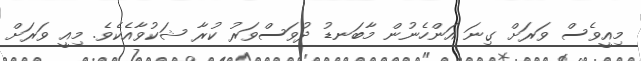
މިއީވެސް ވަރަށް ގިނަ އަންހެނުން މާބަނޑު ދުވަސްވަރު ކުރާ ޝަކުވާއެކެވެ. މިއީ ވަރަށް